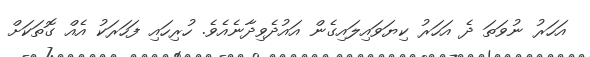
އަހަރު ނުވަތަ ދެ އަހަރު ކިޔަވައިލައިގެން އައުދެވިދާނެއެވެ. ހުރިހައި ފަހަރަކު އެއް ގޮތަކަށް